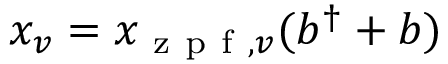
x _ { v } = { x _ { \mathrm { ~ z ~ p ~ f ~ } , v } } ( b ^ { \dagger } + b )